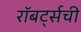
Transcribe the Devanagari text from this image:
रॉबर्ट्सची